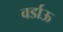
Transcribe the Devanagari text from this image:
वर्डाऊ